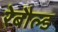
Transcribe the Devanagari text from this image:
रेबौल्ड